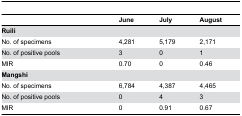
|  | June | July | August |
 | --- | --- | --- | --- |
 | <COLSPAN=4> Ruili |
 | No. of specimens | 4,281 | 5,179 | 2,171 |
 | No. of positive pools | 3 | 0 | 1 |
 | MIR | 0.70 | 0 | 0.46 |
 | <COLSPAN=4> Mangshi |
 | No. of specimens | 6,784 | 4,387 | 4,465 |
 | No. of positive pools | 0 | 4 | 3 |
 | MIR | 0 | 0.91 | 0.67 |